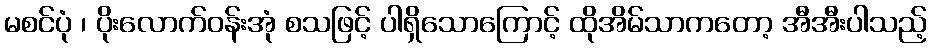
မစင်ပုံ ၊ ပိုးလောက်ဝန်းအုံ စသဖြင့် ပါရှိသောကြောင့် ထိုအိမ်သာကတော့ အီအီးပါသည့်